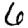
Digit: 6